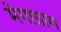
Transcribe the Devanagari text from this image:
मेगाग्राम